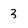
Character: 3